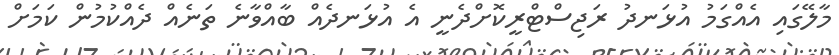
މާލޭގައި އެއްގަމު އުޅަނދު ރަޖިސްޓްރީކޮށްދެނީ އެ އުޅަނދެއް ބާއްވާނެ ތަނެއް ދެއްކުމުން ކަމަށް